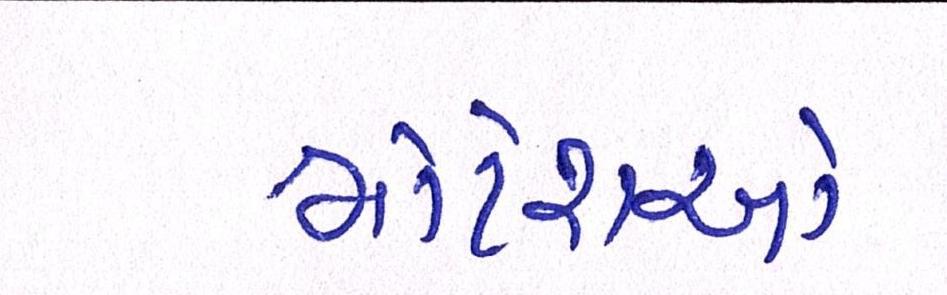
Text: મોટેરાઓ